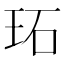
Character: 𤤟